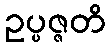
ဥပ္ပဇ္ဇတိ